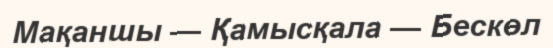
Мақаншы — Қамысқала — Бескөл